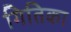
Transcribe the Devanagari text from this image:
गितिका